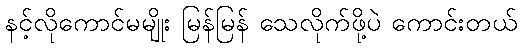
နင့်လိုကောင်မမျိုး မြန်မြန် သေလိုက်ဖို့ပဲ ကောင်းတယ်